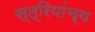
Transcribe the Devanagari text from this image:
स्त्रियांच्य